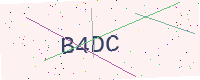
Text: B4DC